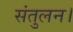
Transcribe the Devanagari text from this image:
संतुलन।